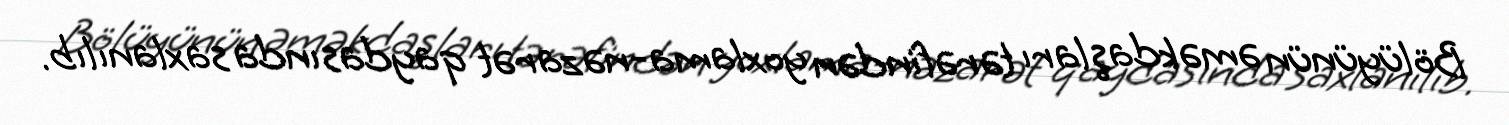
Bölüyünün əməkdaşları tərəfindən yoxlama-nəzarət qaydasında saxlanılıb.